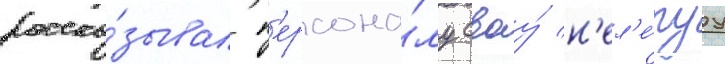
расска́зывал п'ерсона́лу своу́ н'ел'е́пуу